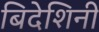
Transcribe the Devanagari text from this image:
बिदेशिनी